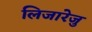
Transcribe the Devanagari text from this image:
लिजारेजु